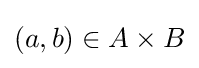
(a,b)\in A\times B